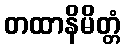
တထာနိမိတ္တံ